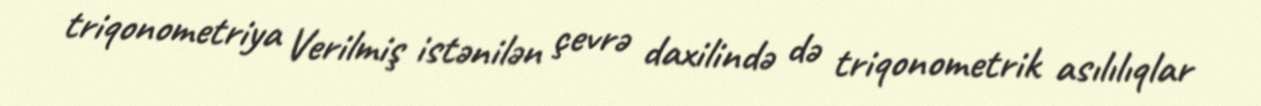
triqonometriya Verilmiş istənilən çevrə daxilində də triqonometrik asılılıqlar